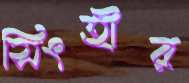
সিংহীর